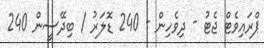
ޕްރައިވެޓް ޖެޓު - ދިވެހިން - 240 ޑޮލަރު / ބިދޭސީން 240